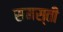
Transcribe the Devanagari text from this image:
समस्ती